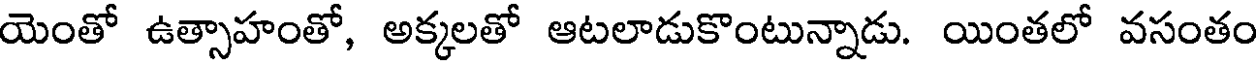
యెంతో ఉత్సాహంతో, అక్కలతో ఆటలాడుకొంటున్నాడు. యింతలో వసంతం